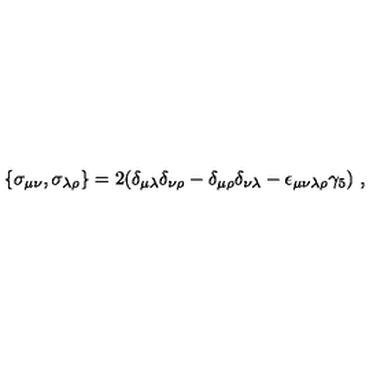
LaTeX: \{ \sigma _ { \mu \nu } , \sigma _ { \lambda \rho } \} = 2 ( \delta _ { \mu \lambda } \delta _ { \nu \rho } - \delta _ { \mu \rho } \delta _ { \nu \lambda } - \epsilon _ { \mu \nu \lambda \rho } \gamma _ { 5 } ) \ ,